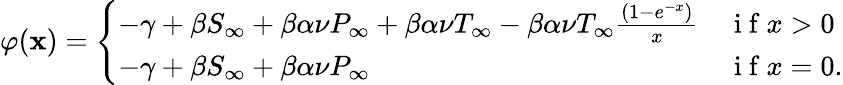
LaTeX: \varphi(\mathbf{x})=\left\{ \begin{array}{ll}{-\gamma+\beta S_{\infty}+\beta\alpha\nu P_{\infty}+\beta\alpha\nu T_{\infty}-\beta\alpha\nu T_{\infty}\frac{(1-e^{-x})}{x}}&{\mathrm{~i~f~}x>0}\\ {-\gamma+\beta S_{\infty}+\beta\alpha\nu P_{\infty}}&{\mathrm{~i~f~}x=0.}\end{array}\right.